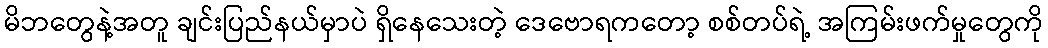
မိဘတွေနဲ့အတူ ချင်းပြည်နယ်မှာပဲ ရှိနေသေးတဲ့ ဒေဗောရကတော့ စစ်တပ်ရဲ့ အကြမ်းဖက်မှုတွေကို